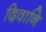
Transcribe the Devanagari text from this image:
दिवानि